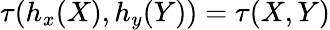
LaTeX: \tau(h_{x}(X),h_{y}(Y))=\tau(X,Y)